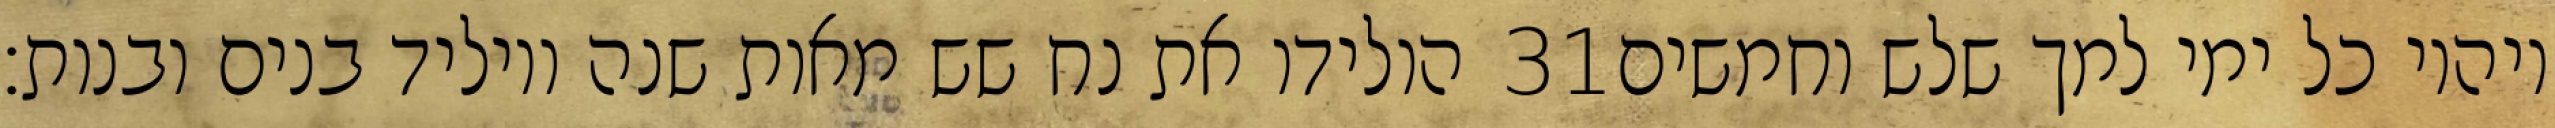
הולידו את נח שש מאות שנה ויוליד בנים ובנות׃ ‎31‏ ויהיו כל ימי למך שלש וחמשים